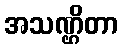
အသဏ္ဌိတာ